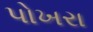
પોખરા